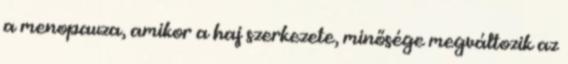
a menopauza, amikor a haj szerkezete, minősége megváltozik az